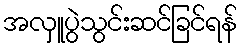
အလှူပွဲသွင်းဆင်ခြင်ရန်